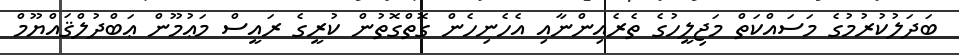
ބަދަލުކުރުމުގެ މަސައްކަތް މަޖިލީހުގެ ތެރެއިންނާއި އެހެނިހެން ގޮތްގޮތުން ކުރީގެ ރައީސް މަޢުމޫން ޢަބްދުލްޤައްޔޫމް